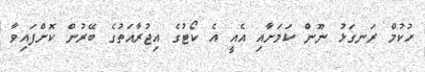
ހުކުމް ރަނގަޅު ނޫން ކަމަށާއި އެއީ އެ ކޯޓުގެ އިޖުރާއަތުގެ ބޭރުން ކޮށްފައިވާ